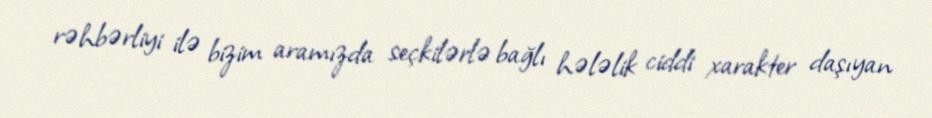
rəhbərliyi ilə bizim aramızda seçkilərlə bağlı hələlik ciddi xarakter daşıyan